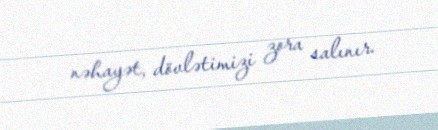
nəhayət, dövlətimizi zora salınır.